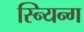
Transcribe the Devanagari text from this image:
स्न्यिन्ग